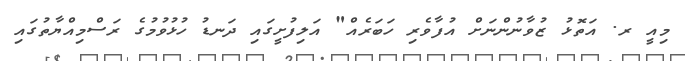
މިއީ ރ. އަތޮޅު ޒުވާނުންނަށް އުފާވެރި ހަބަރެއް" އަލިފުށީގައި ދަނޑު ހުޅުވުމުގެ ރަސްމިއްޔާތުގައި